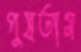
পুষতাম